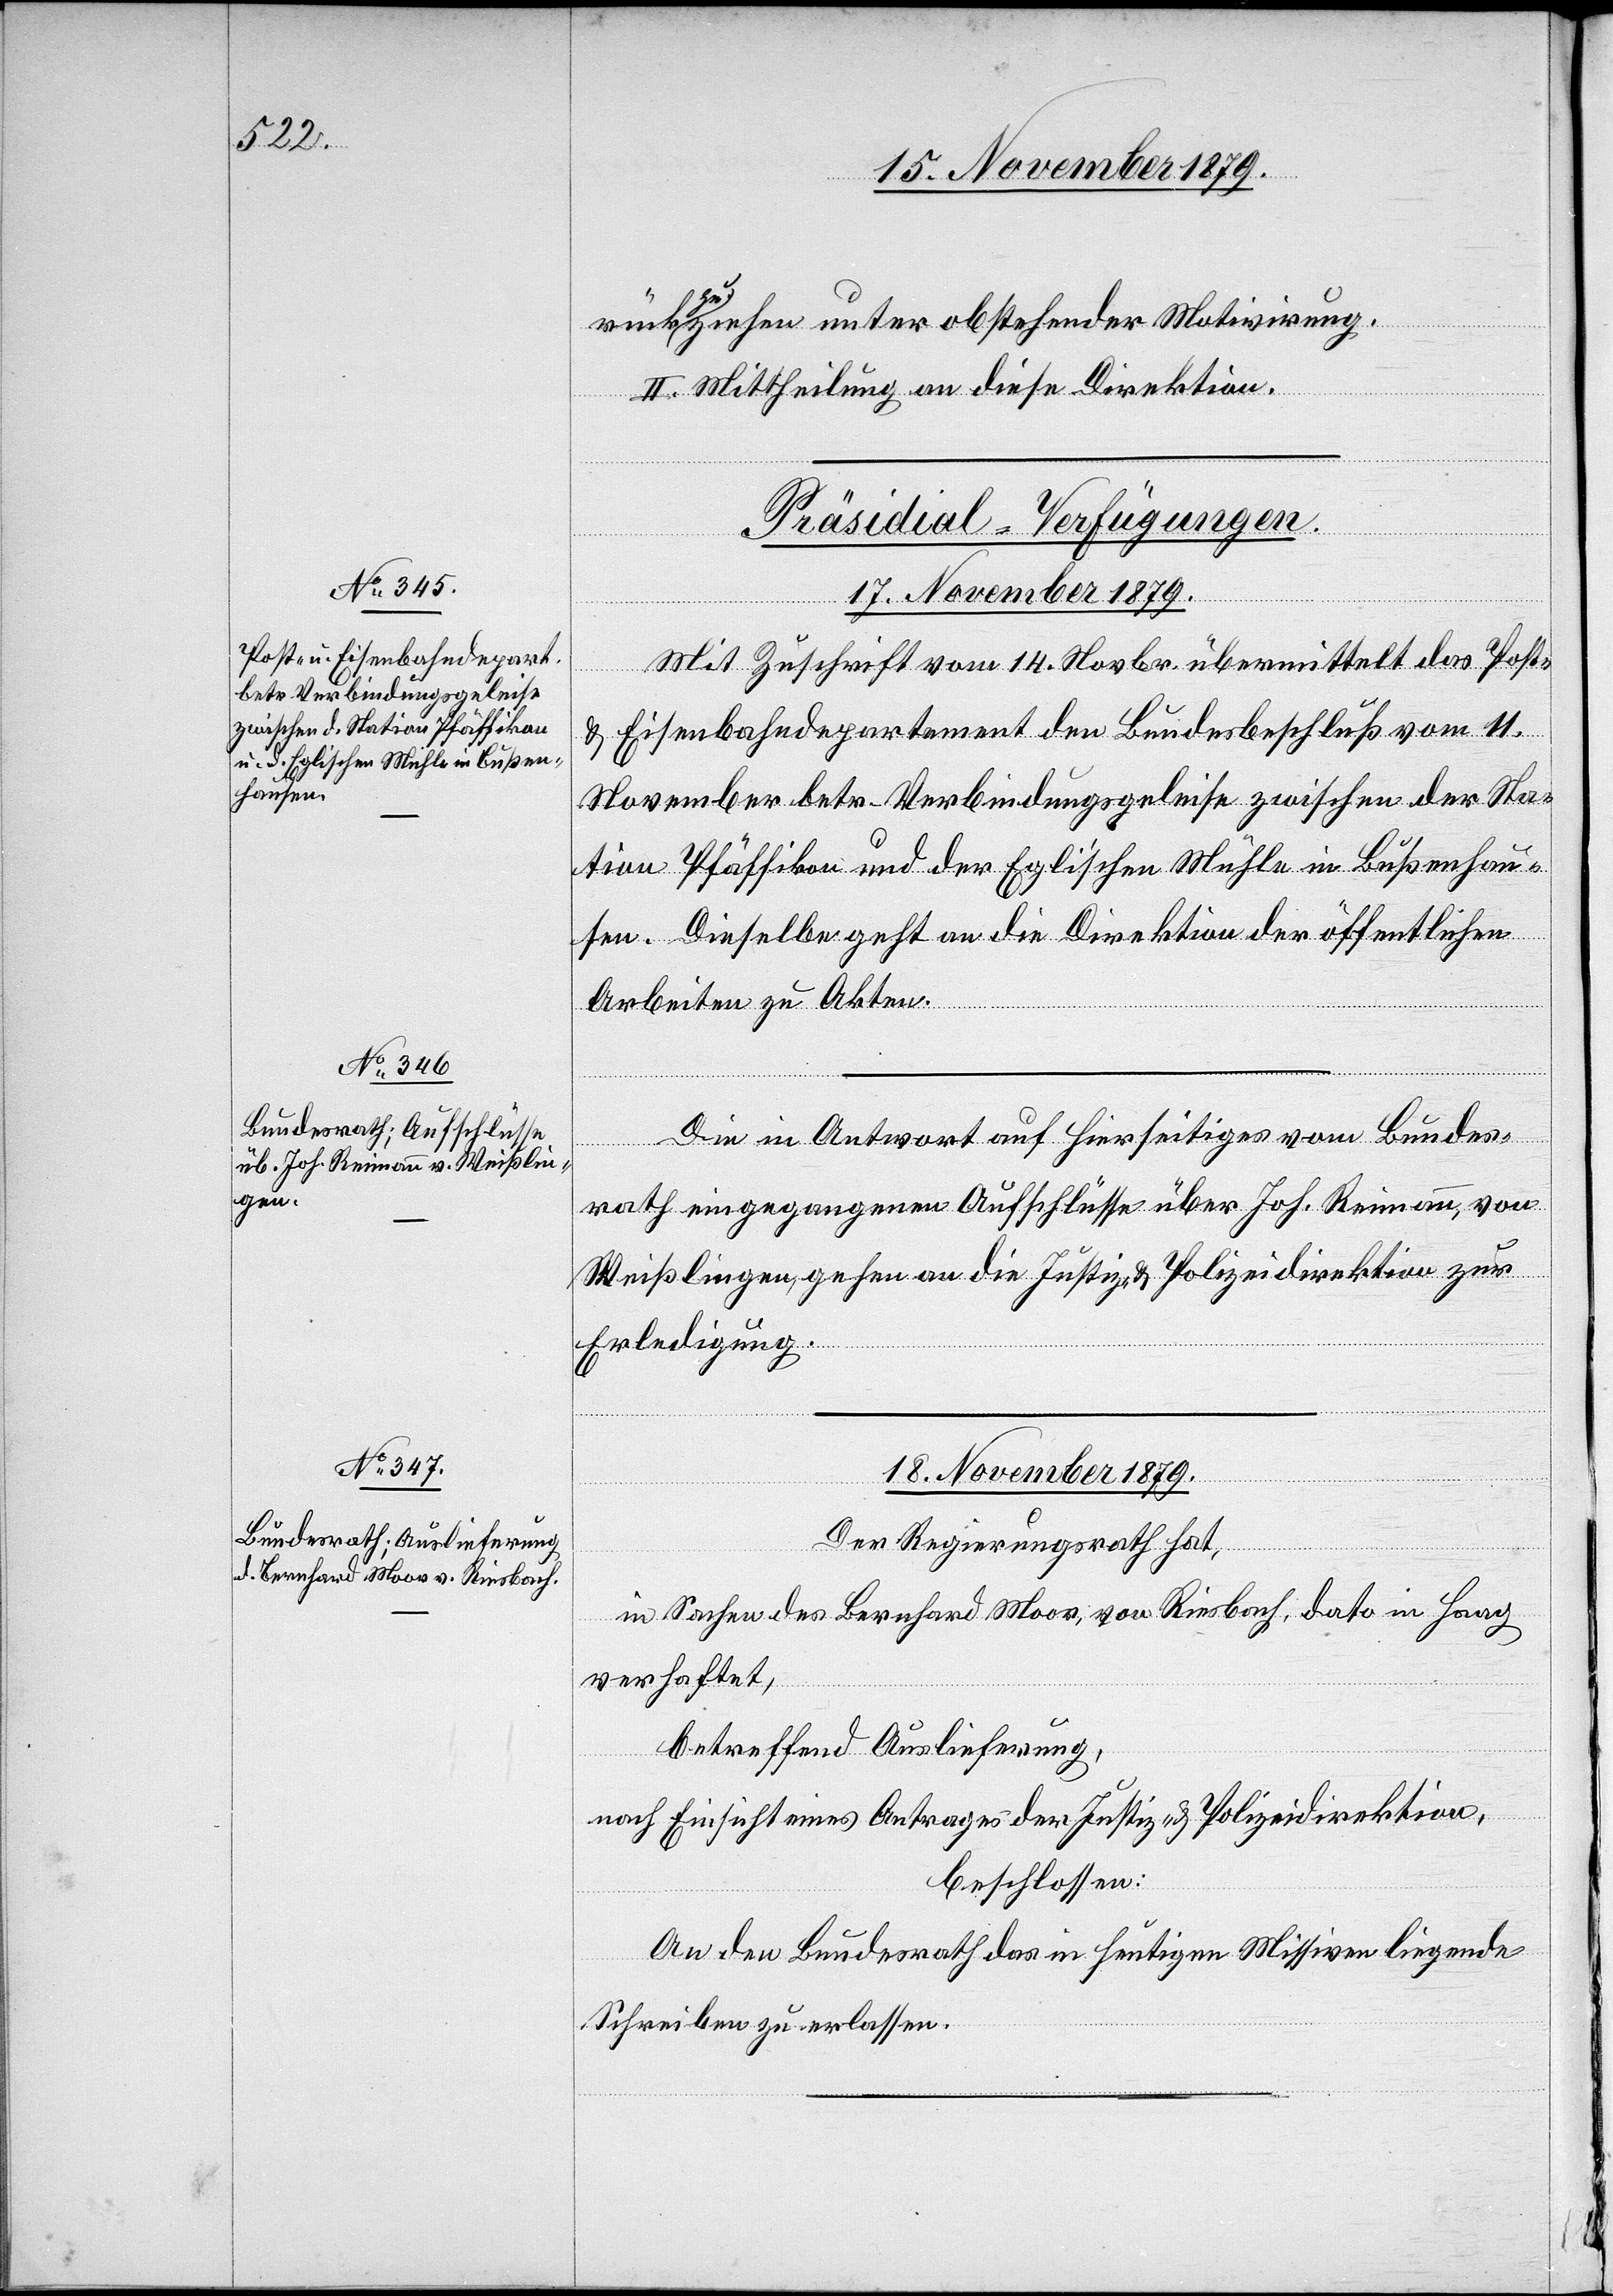
rückzuziehen unter obstehender Motivirung.
II. Mittheilung an diese Direktion.
[Präsidial-Verfügungen.]
17. November 1879.]
Mit Zuschrift vom 14. Novbr. übermittelt das Post-
& Eisenbahndepartement den Bundesbeschluß vom 11.
November betr. Verbindungsgeleise zwischen der Sta¬
tion Pfäffikon und der Egli’schen Mühle in Bußenhau¬
sen. Dieselbe geht an die Direktion der öffentlichen
Arbeiten zu Akten.
Die in Antwort auf hierseitiges vom Bundes¬
rath eingegangenen Aufschlüsse über Joh. Reimann, von
Weißlingen, gehen an die Justiz- & Polizeidirektion zur
Erledigung.
18. November 1879.
Der Regierungsrath hat,
in Sachen des Bernhard Moor, von Riesbach, dato in Haag
verhaftet,
betreffend Auslieferung,
nach Einsicht eines Antrages der Justiz- & Polizeidirektion,
beschlossen:
An den Bundesrath das in heutigen Missiven liegende
Schreiben zu erlassen.